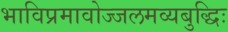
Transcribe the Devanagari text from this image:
भाविप्रमावोज्जलमव्यबुद्धिः